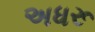
અધરૂ